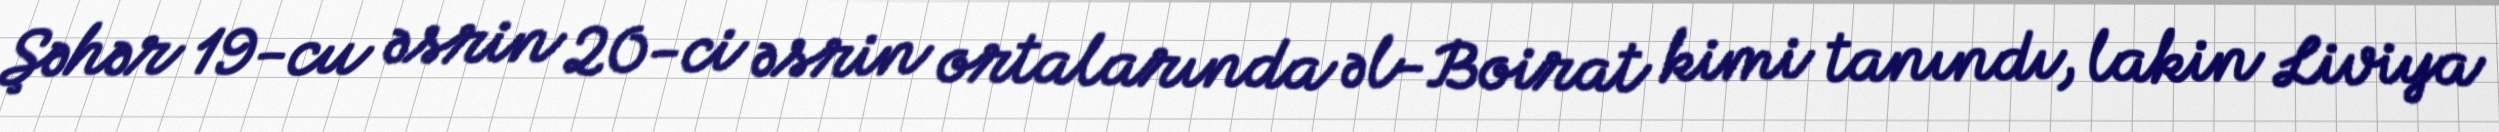
Şəhər 19-cu əsrin 20-ci əsrin ortalarında əl-Boirat kimi tanındı, lakin Liviya